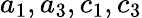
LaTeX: a_{1},a_{3},c_{1},c_{3}